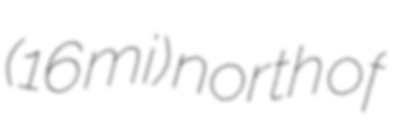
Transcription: (16 mi) north of